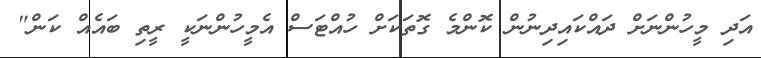
އަދި މީހުންނަށް ދައްކައިދިނުން ކޮންމެ ގޮތަކަށް ހުއްޓަސް އެމީހުންނަކީ ރީތި ބައެއް ކަން"